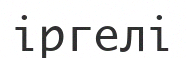
іргелі